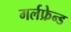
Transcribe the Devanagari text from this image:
गर्लफ्रेन्ड